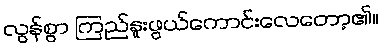
လွန်စွာ ကြည်နူးဖွယ်ကောင်းလေတော့၏။